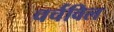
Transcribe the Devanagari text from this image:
चर्चविल